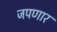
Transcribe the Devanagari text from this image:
जपणार